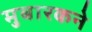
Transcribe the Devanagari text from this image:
मुबारकने